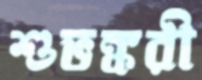
শুভঙ্করী